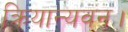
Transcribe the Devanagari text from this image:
क्रियान्यवन।